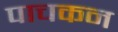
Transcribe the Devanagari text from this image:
पाचकन